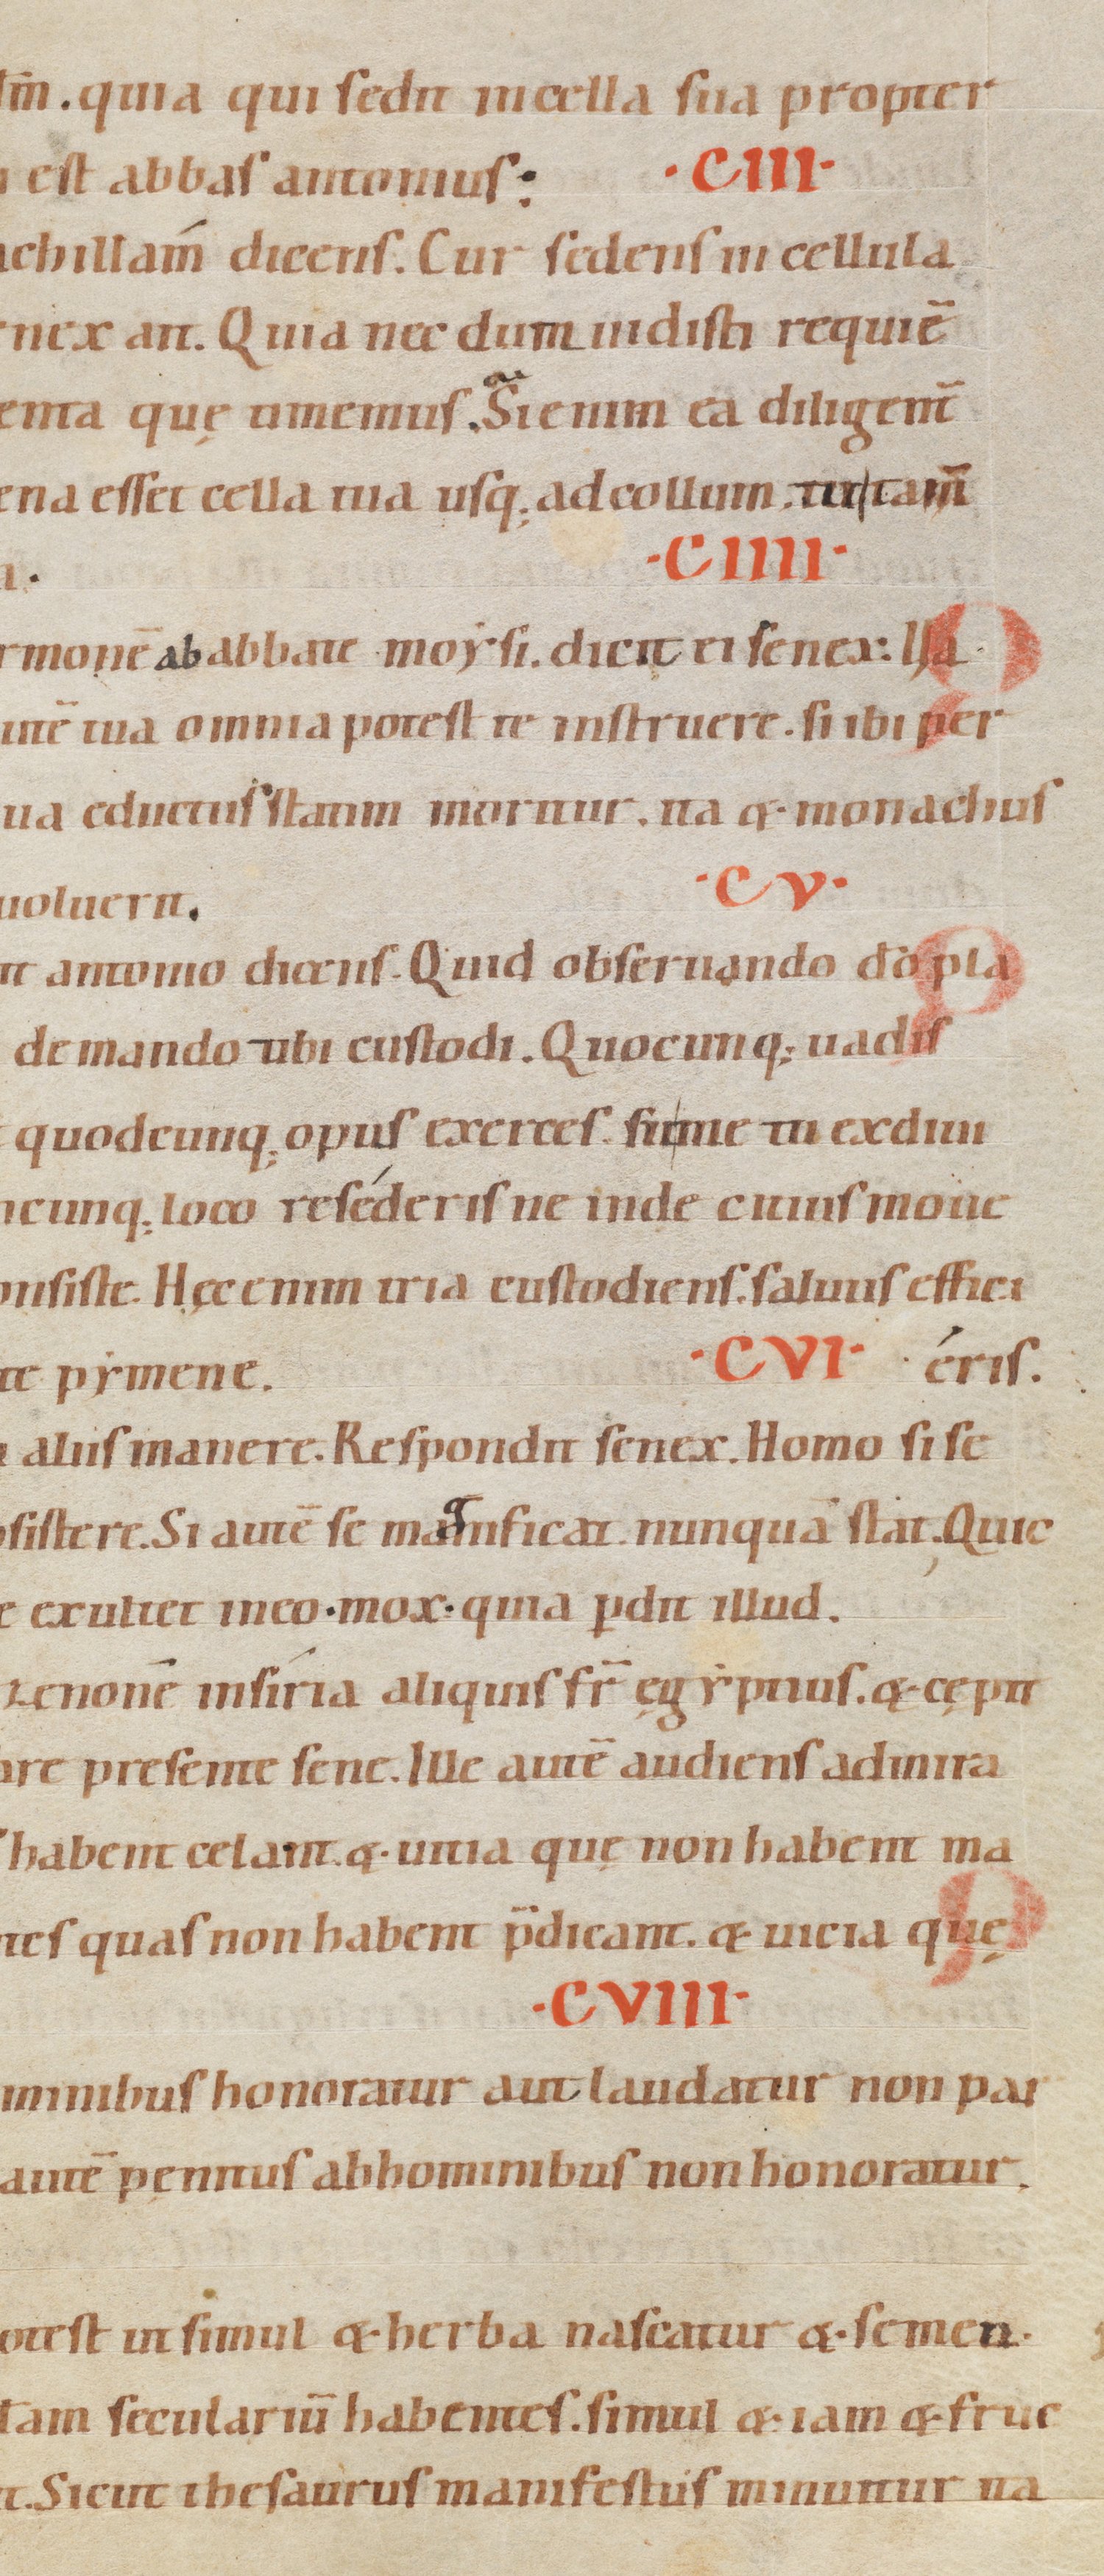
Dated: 1080–1096